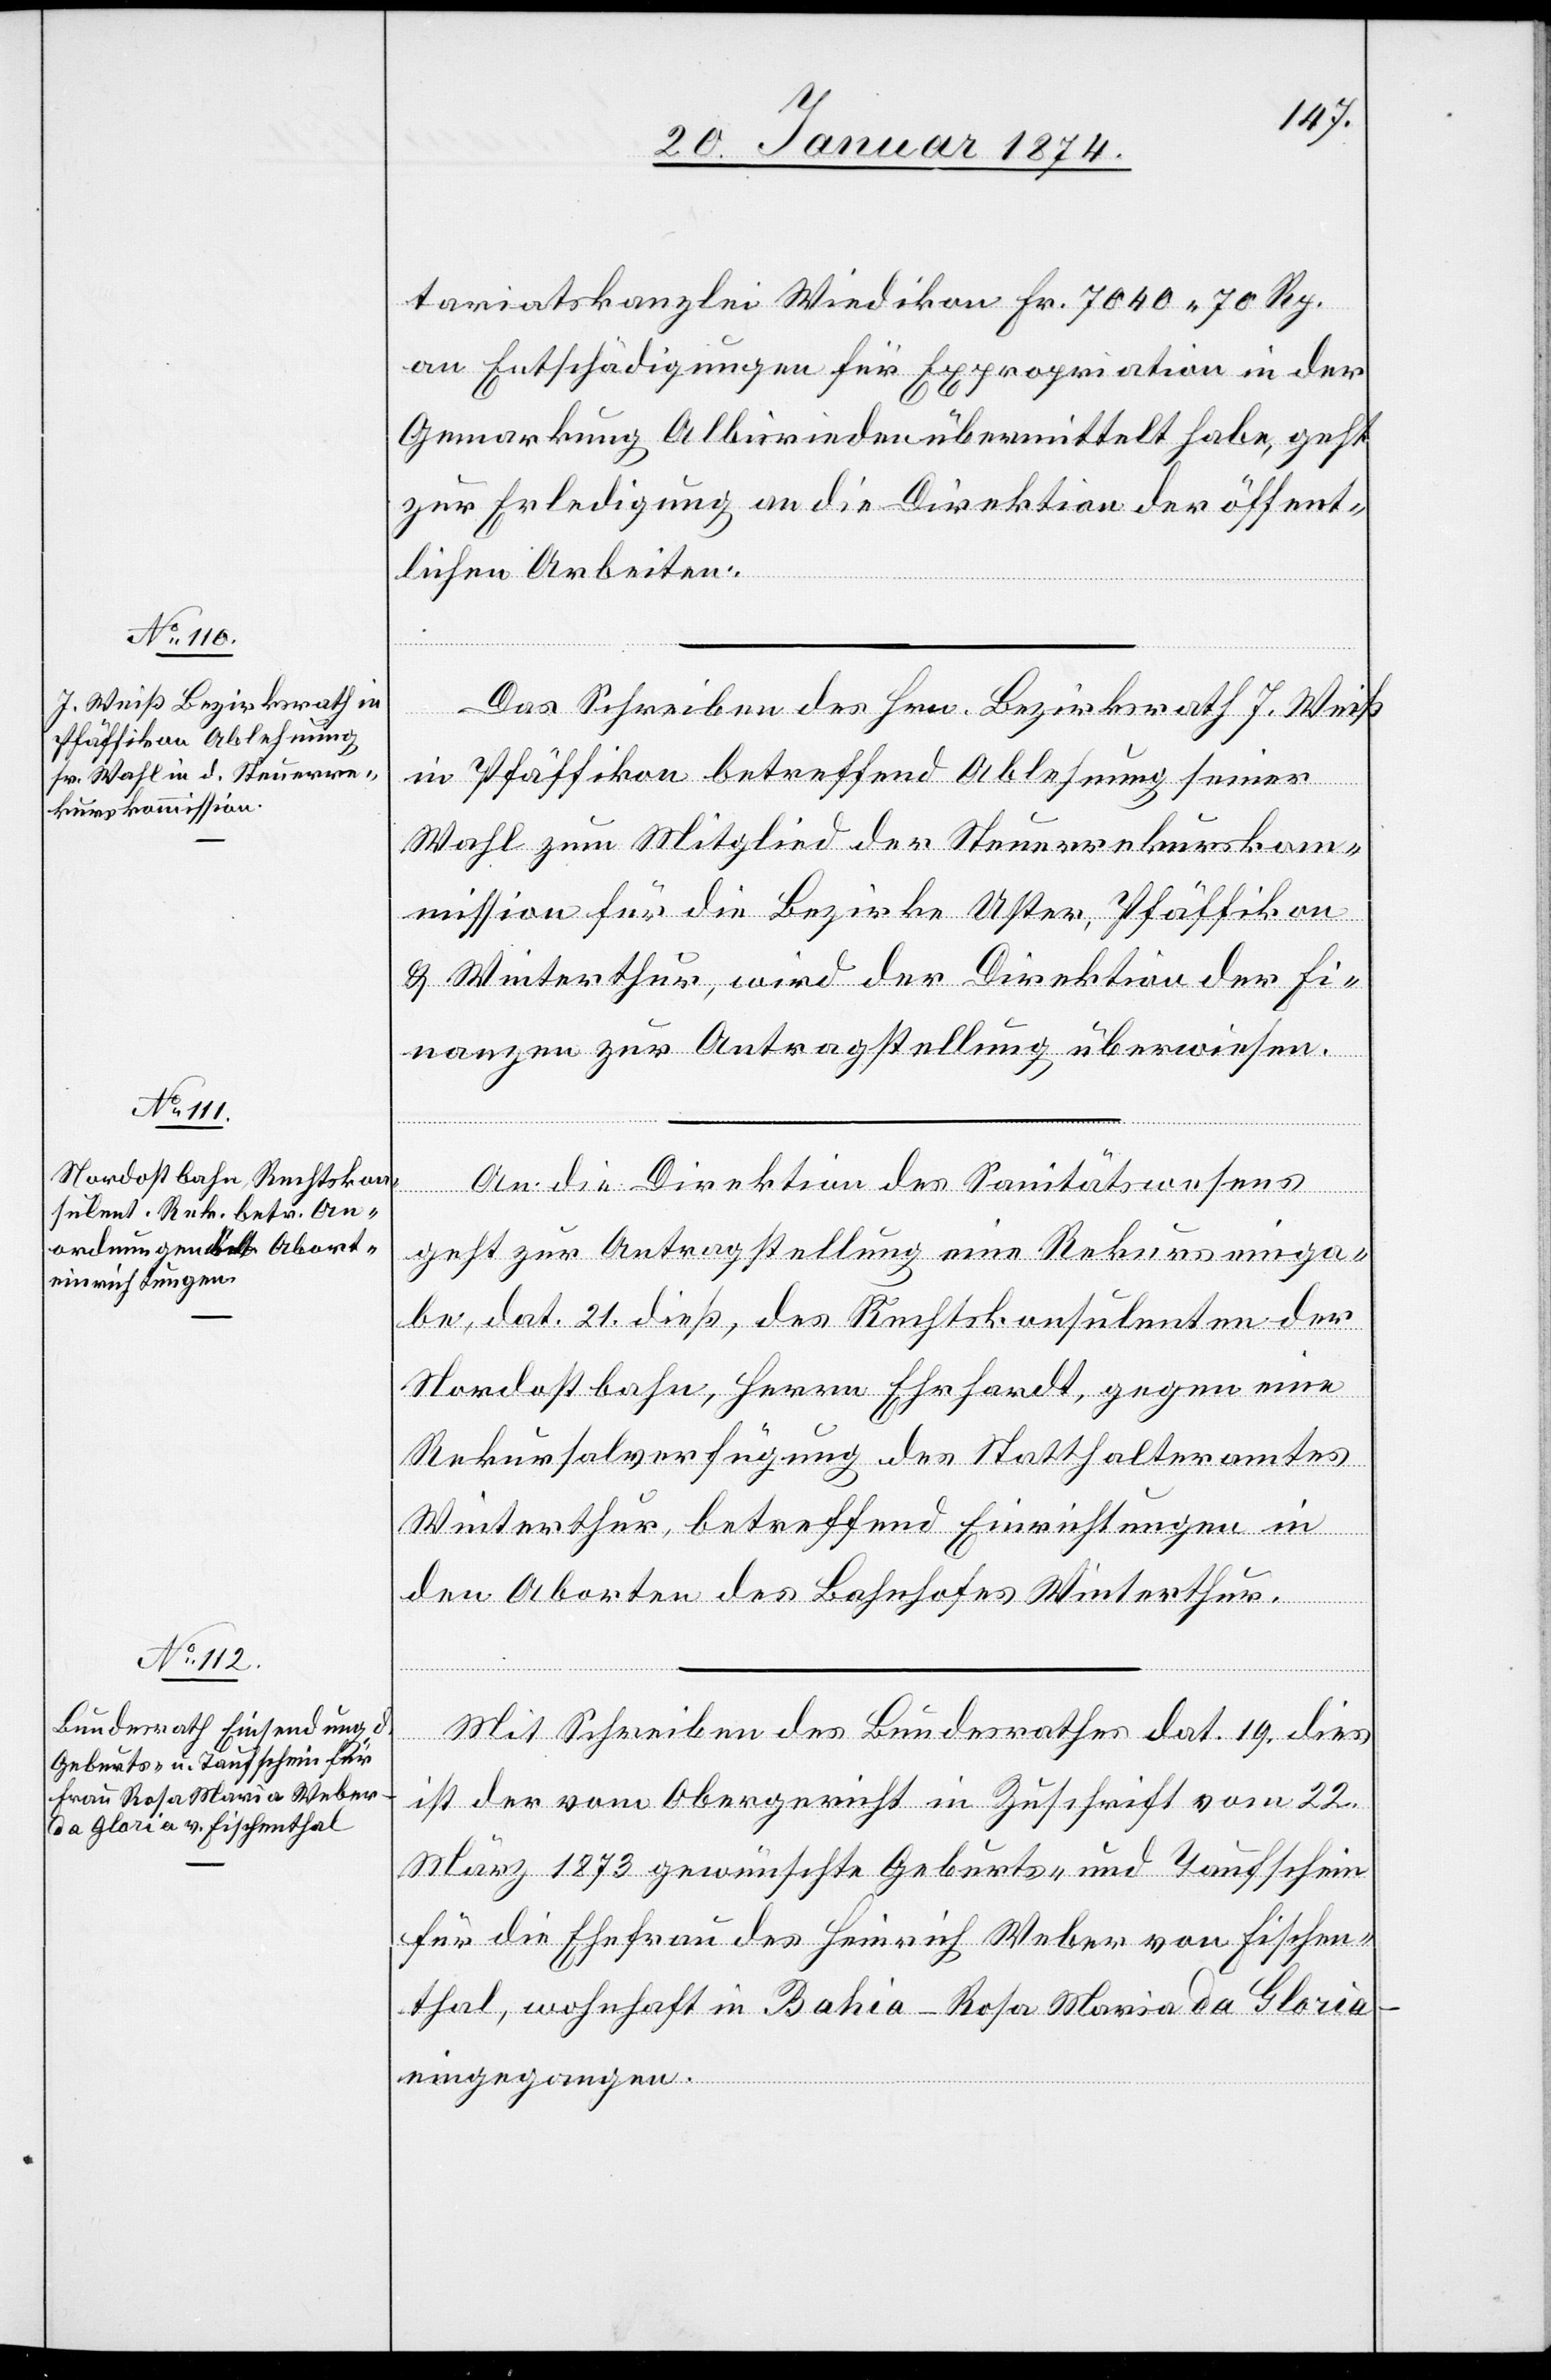
22. Januar 1874.]
tariatskanzlei Wiedikon Fr. 7040.70 Rp.
an Entschädigungen für Expropriation in der
Gemarkung Albisrieden übermittelt habe, geht
zur Erledigung an die Direktion der öffent¬
lichen Arbeiten.
Das Schreiben des Hrn. Bezirksrath J. Weiß
in Pfäffikon betreffend Ablehnung seiner
Wahl zum Mitglied der Steuerrekurskom¬
mission für die Bezirke Uster, Pfäffikon
& Winterthur, wird der Direktion der Fi¬
nanzen zur Antragstellung überwiesen.
An die Direktion des Sanitätswesens
geht zur Antragstellung eine Rekurseinga¬
be, dat. 21. dieß, des Rechtskonsulenten der
Nordostbahn, Herrn Ehrhardt, gegen eine
Rekursalverfügung des Statthalteramtes
Winterthur, betreffend Einrichtungen in
den Aborten des Bahnhofes Winterthur.
Mit Schreiben des Bundesrathes dat. 19. dies
ist der vom Obergericht in Zuschrift vom 22.
März 1873 gewünschte Geburts- und Taufschein
für die Ehefrau des Heinrich Weber von Fischen¬
thal, wohnhaft in Bahio – Rosa Maria da Gloria
–eingegangen.